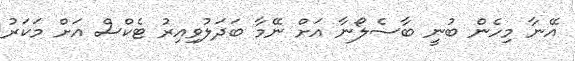
އޭނާ މިހެން ބުނީ ބާސެލޯނާ އަށް ނޭމާ ބަދަލުވިއިރު ޓެކްސް އަށް މަކަރު